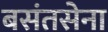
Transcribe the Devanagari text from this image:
बसंतसेना